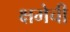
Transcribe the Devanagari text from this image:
क्षमेची